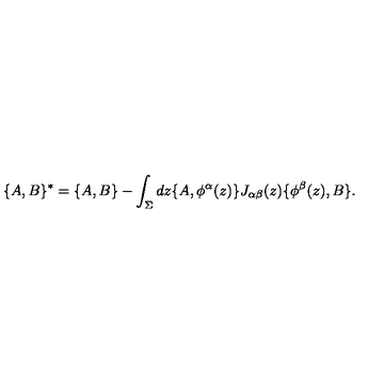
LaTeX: \{ A , B \} ^ { * } = \{ A , B \} - \int _ { \Sigma } d z \{ A , \phi ^ { \alpha } ( z ) \} J _ { \alpha \beta } ( z ) \{ \phi ^ { \beta } ( z ) , B \} .